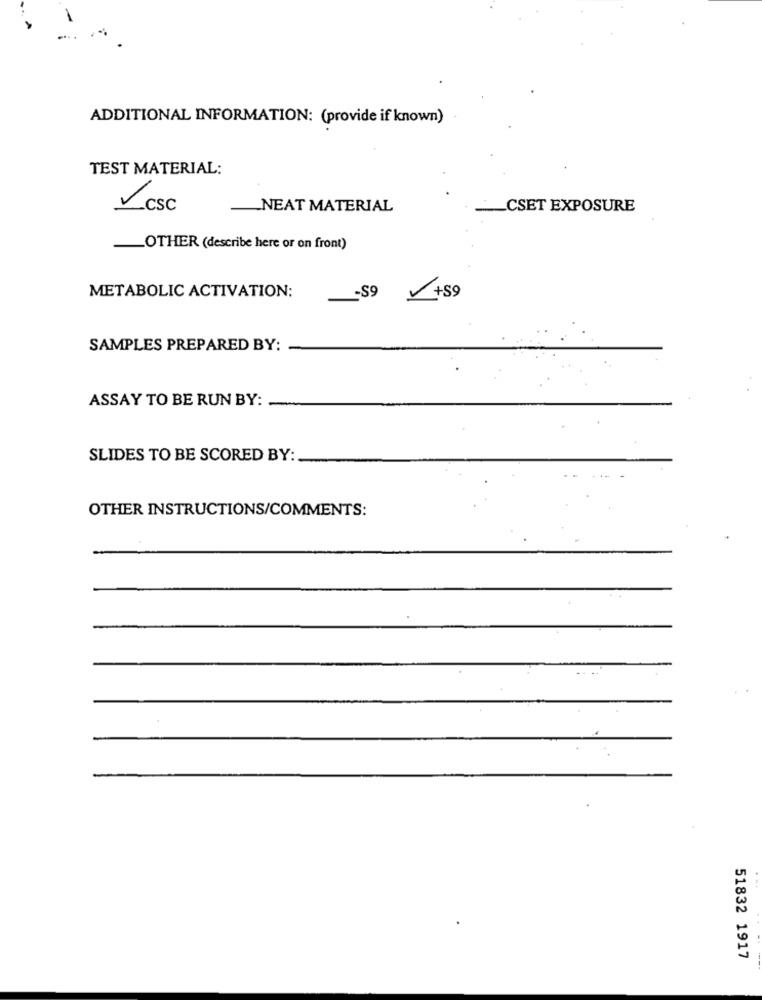
ADDITIONAL INFORMATION: (provide if known)
TEST MATERIAL:
csc
NEAT MATERIAL
CSET EXPOSURE
OTHER (describe here or on front)
METABOLIC ACTIVATION:
-S9
+59
SAMPLES PREPARED BY:
ASSAY TO BE RUN BY:
SLIDES TO BE SCORED BY:
OTHER INSTRUCTIONS/COMMENTS:
51832 1917